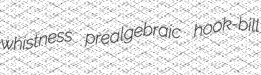
whistness prealgebraic hook-bill